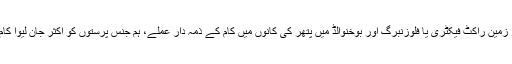
ڈورا مٹلباؤ کی زیر زمین راکٹ فیکٹری یا فلوزنبرگ اور بوخنوالڈ میں پتھر کی کانوں میں کام کے ذمہ دار عملے، ہم جنس پرستوں کو اکثر جان لیوا کام سونپا کرتے تھے۔